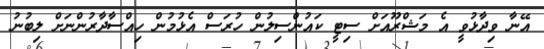
އޭނާ ވިދާޅުވީ އެ މަޝްރޫއަށް ސިޓީ ކައުންސިލުން ހުރަސް އެޅުމުން ހިއްސާދާރުންނަށް ލިބުނު